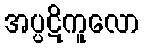
အပ္ပဋိကူလော